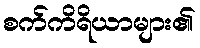
စက်ကိရိယာများ၏